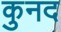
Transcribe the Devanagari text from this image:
कुनद